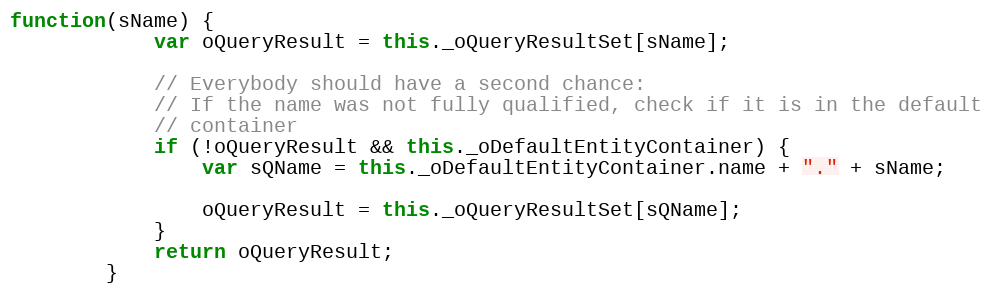
Language: JavaScript
function(sName) {
			var oQueryResult = this._oQueryResultSet[sName];

			// Everybody should have a second chance:
			// If the name was not fully qualified, check if it is in the default
			// container
			if (!oQueryResult && this._oDefaultEntityContainer) {
				var sQName = this._oDefaultEntityContainer.name + "." + sName;

				oQueryResult = this._oQueryResultSet[sQName];
			}
			return oQueryResult;
		}